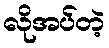
လိုအပ်တဲ့